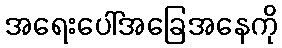
အရေးပေါ်အခြေအနေကို